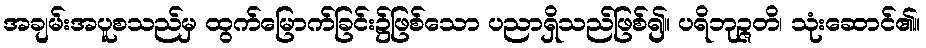
အချမ်းအပူစသည်မှ ထွက်မြောက်ခြင်း၌ဖြစ်သော ပညာရှိသည်ဖြစ်၍။ ပရိဘုဉ္ဇတိ၊ သုံးဆောင်၏။